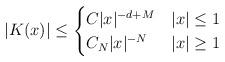
LaTeX: \begin{align*}|K(x)|\leq\begin{cases}C|x|^{-d+M}& |x|\leq 1\\C_N |x|^{-N}& |x|\geq 1\end{cases}\end{align*}